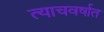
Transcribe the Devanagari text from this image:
त्याचवर्षात